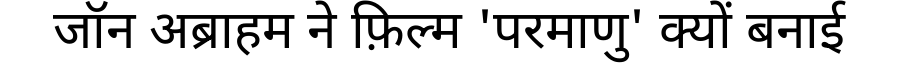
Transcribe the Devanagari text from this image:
जॉन अब्राहम ने फ़िल्म 'परमाणु' क्यों बनाई